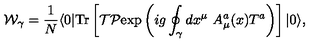
{ \cal W } _ { \gamma } = { \frac { 1 } { N } } \langle 0 | \mathrm { T r } \left[ { \cal T } { \cal P } \mathrm { e x p } \left( i g \oint _ { \gamma } d x ^ { \mu } \ A _ { \mu } ^ { a } ( x ) T ^ { a } \right) \right] | 0 \rangle ,